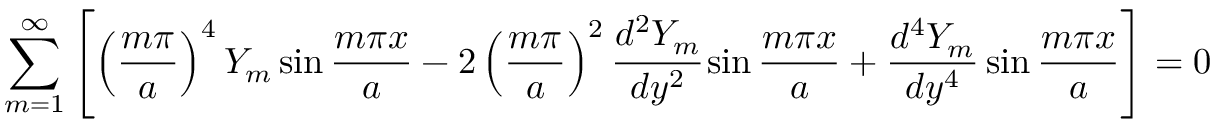
\sum _ { m = 1 } ^ { \infty } \left[ \left( { \frac { m \pi } { a } } \right) ^ { 4 } Y _ { m } \sin { \frac { m \pi x } { a } } - 2 \left( { \frac { m \pi } { a } } \right) ^ { 2 } { \cfrac { d ^ { 2 } Y _ { m } } { d y ^ { 2 } } } \sin { \frac { m \pi x } { a } } + { \frac { d ^ { 4 } Y _ { m } } { d y ^ { 4 } } } \sin { \frac { m \pi x } { a } } \right] = 0